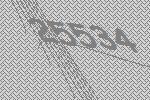
25534